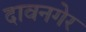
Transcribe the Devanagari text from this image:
दावनगेर